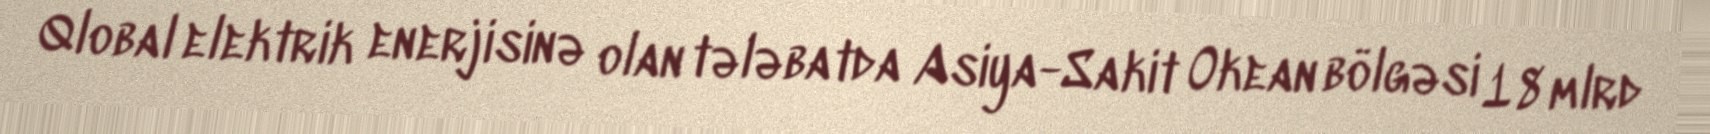
Qlobal elektrik enerjisinə olan tələbatda Asiya-Sakit Okean bölgəsi 18 mlrd